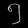
Digit: ၅